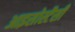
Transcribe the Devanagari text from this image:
आइसोस्टैसी